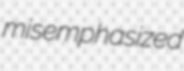
misemphasized